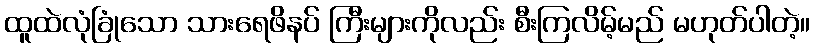
ထူထဲလုံခြုံသော သားရေဖိနပ် ကြီးများကိုလည်း စီးကြလိမ့်မည် မဟုတ်ပါတဲ့။